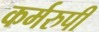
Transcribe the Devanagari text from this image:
कर्मरुपी